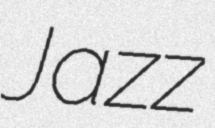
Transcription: Jazz